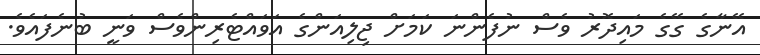
އޭނާގެ ގޭގެ މައިދޮރު ވެސް ނުފެންނަ ކަމަށް ޖިލިއަންގެ އަވައްޓެރިންވެސް ވަނީ ބުނެފައެވެ.